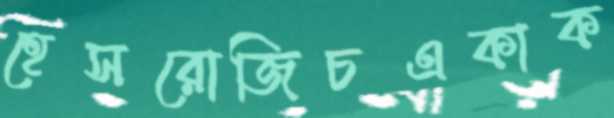
হেসরোজিচএকাক